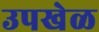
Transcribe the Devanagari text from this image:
उपखेळ